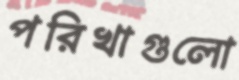
পরিখাগুলো